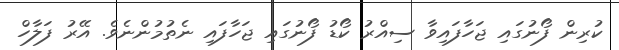
ކުރިން ފޯނުގައި ޖަހާފައިވާ ސިއްރު ކޯޑު ފޯނުގައި ޖަހާފައި ނެތުމުންނެވެ. އޭރު ފަލާހް